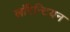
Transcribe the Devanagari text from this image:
लाॅरेन्टियन